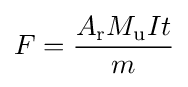
F={\frac {A_{\rm {r}}M_{\rm {u}}It}{m}}